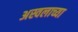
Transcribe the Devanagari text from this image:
अस्वलाच्या